Indian journal of veterinary science and animal husbandry - Volumes 22-23, 1952-1953
Year: 1952
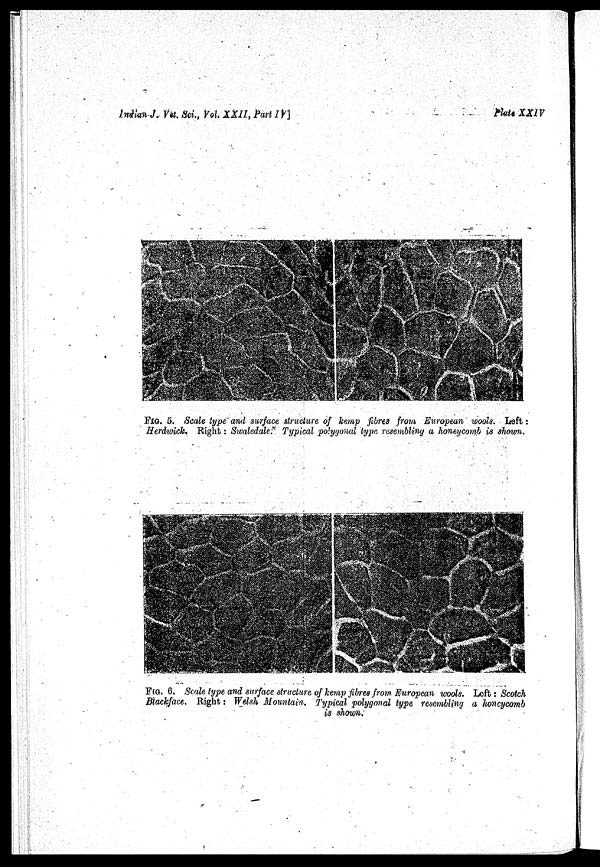
Indian J. Vet. Sci., Vol. XXII, Part IV]
Plate XXIV
FIG. 5. Scale type and surface structure of kemp fibres from European wools. Left :
Herdwick. Right : Swaledale. Typical polygonal type resembling a honeycomb is shown.
FIG. 6. Scale type and surface structure of kemp fibres from European wools. Left : Scotch
Blackface. Right : Welsh Mountain. Typical polygonal type resembling a honeycomb
is shown.